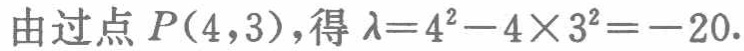
由过点 \(P(4,3)\)，得 \(\lambda = 4^{2}-4\times3^{2}=-20\).